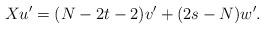
LaTeX: \begin{align*}Xu' = (N-2t-2)v' +(2s-N)w'.\end{align*}